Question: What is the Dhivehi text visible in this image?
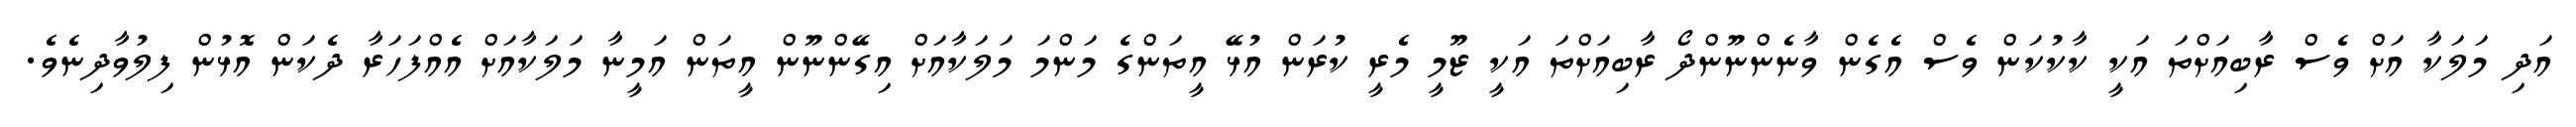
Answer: އަދި މަލަކާ އަށް ވެސް ރާބިއަށްތަ އަކީ ކާކުކަން ވެސް އެގެން ވާނެންނޫންދޯ ރާބިއަށްތަ އަކީ ޒޫމީ މެރީ ކުރަން އުޅޭ އީތަންގެ މަންމަ މަލަކާއަށް އިގޭންނޫން އީތަން އަމީނާ މަލަކާއަށް އެއްފަހަރާ ދެކަން އޮޅުން ފިލުވާދިނެވެ.